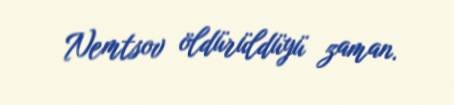
Nemtsov öldürüldüyü zaman.